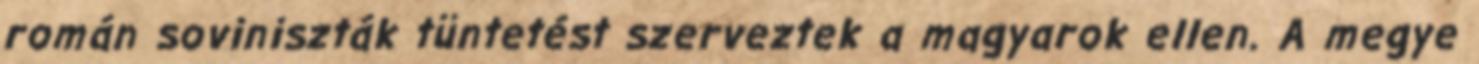
román soviniszták tüntetést szerveztek a magyarok ellen. A megye